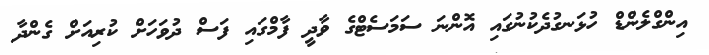
އިންގްލެންޑް ހުޅަނގުދެކުނުގައި އޮންނަ ސަމަސެޓްގެ ވާދީ ފާމްގައި ފަސް ދުވަހަށް ކުރިއަށް ގެންދާ